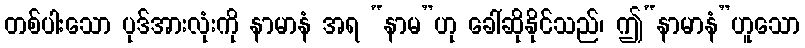
တစ်ပါးသော ပုဒ်အားလုံးကို နာမာနံ အရ “နာမ”ဟု ခေါ်ဆိုနိုင်သည်၊ ဤ“နာမာနံ”ဟူသော